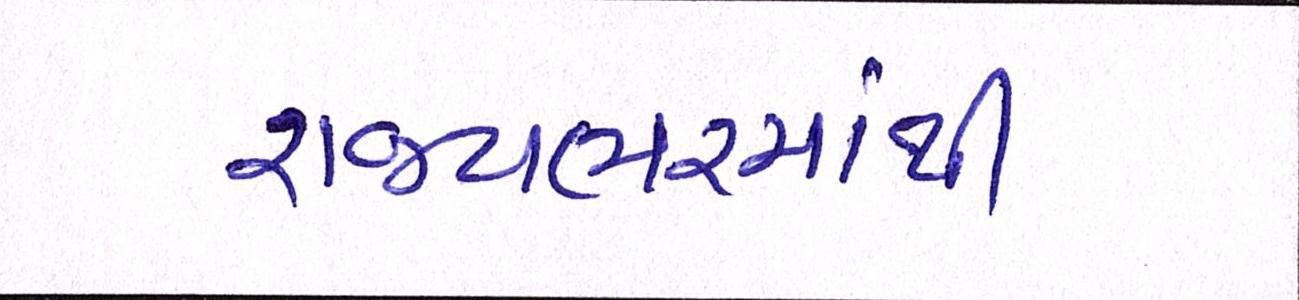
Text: રાજયભરમાંથી